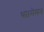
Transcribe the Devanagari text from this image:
था।मेमन